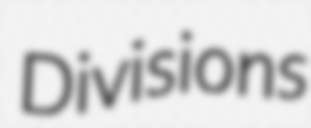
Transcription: Divisions